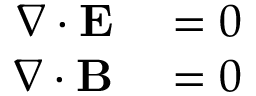
\begin{array} { r l } { \nabla \cdot \mathbf { E } } & { { } = 0 } \\ { \nabla \cdot \mathbf { B } } & { { } = 0 } \end{array}